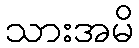
သားအမိ